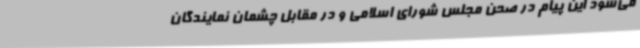
می‌شود این پیام در صحن مجلس شورای اسلامی و در مقابل چشمان نمایندگان